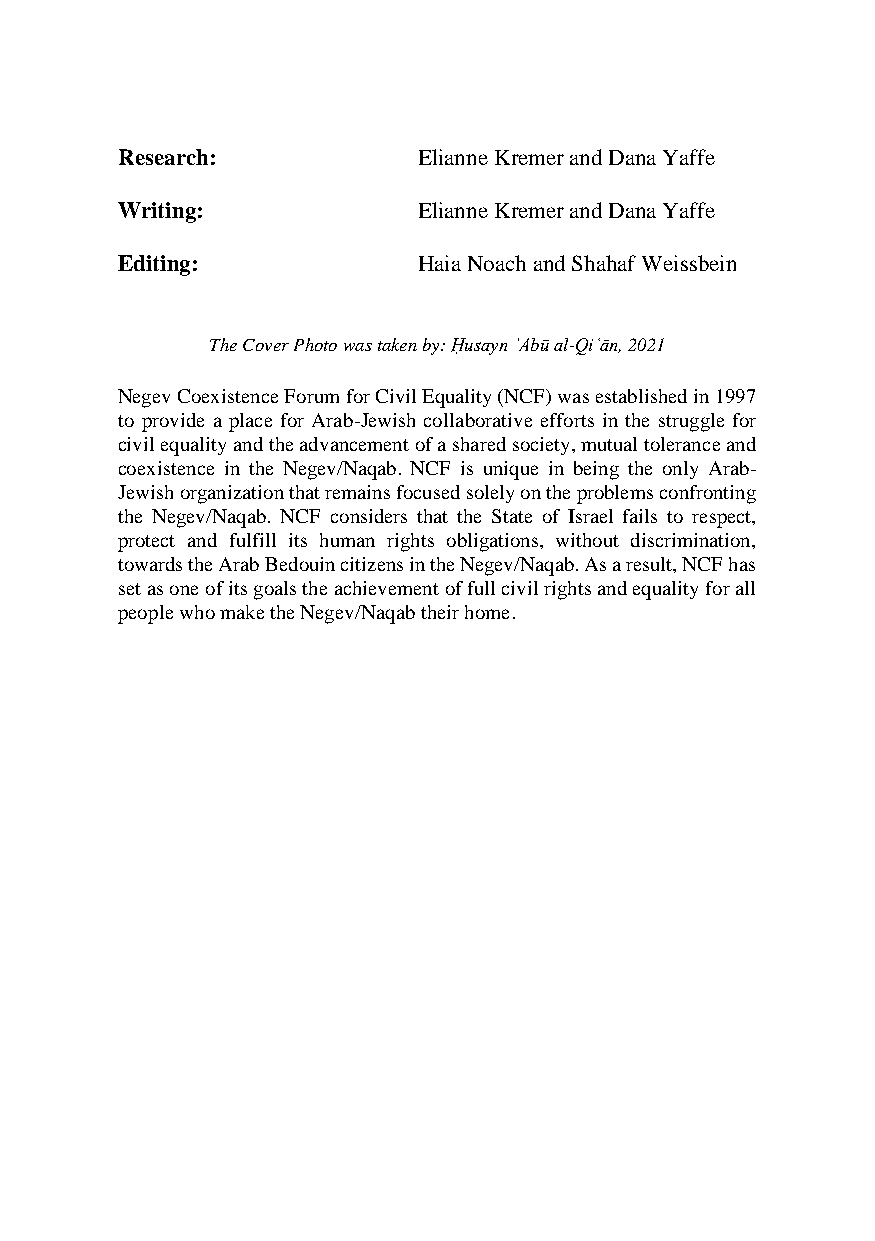
Research:           Elianne Kremer and Dana Yaffe
 Writing:            Elianne Kremer and Dana Yaffe
 Editing:            Haia Noach and Shahaf Weissbein
 The Cover Photo was taken by: Ḥusayn ʾAbū al-Qiʿān, 2021
 Negev Coexistence Forum for Civil Equality (NCF) was established in 1997
 to provide a place for Arab-Jewish collaborative efforts in the struggle for
 civil equality and the advancement of a shared society, mutual tolerance and
 coexistence in the Negev/Naqab. NCF is unique in being the only Arab-
 Jewish organization that remains focused solely on the problems confronting
 the Negev/Naqab. NCF considers that the State of Israel fails to respect,
 protect and fulfill its human rights obligations, without discrimination,
 towards the Arab Bedouin citizens in the Negev/Naqab. As a result, NCF has
 set as one of its goals the achievement of full civil rights and equality for all
 people who make the Negev/Naqab their home.